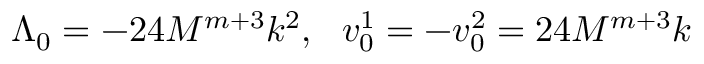
\Lambda _ { 0 } = - 2 4 M ^ { m + 3 } k ^ { 2 } , ~ ~ v _ { 0 } ^ { 1 } = - v _ { 0 } ^ { 2 } = 2 4 M ^ { m + 3 } k